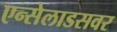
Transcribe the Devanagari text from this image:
एन्सेलाडसवर